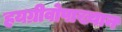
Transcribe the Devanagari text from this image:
हयग्रीवोपाख्यान